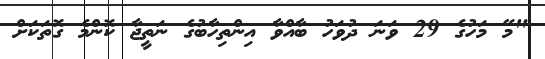
"މޭ މަހުގެ 29 ވަނަ ދުވަހު ބާއްވާ އިންތިހާބުގެ ނަތީޖާ ކޮންމެ ގޮތަކަށް